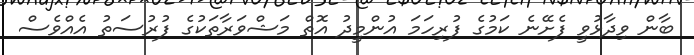
ބާން ވިދާޅުވީ ފެށޭނެ ކަމުގެ ފުރިހަމަ އުންމީދު އޮތް މަޝްވަރާތަކުގެ ފުރުސަތު އެއްވެސް